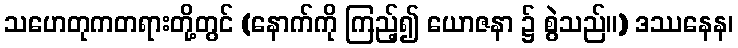
သဟေတုကတရားတို့တွင် (နောက်ကို ကြည့်၍ ယောဇနာ ၌ စွဲသည်။) ဒဿနေန၊